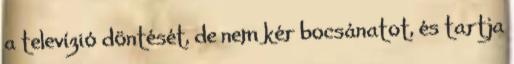
a televízió döntését, de nem kér bocsánatot, és tartja